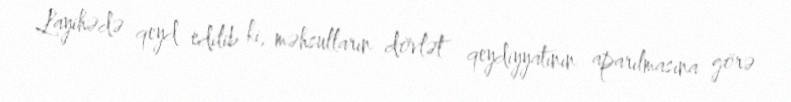
Layihədə qeyd edilib ki, məhsulların dövlət qeydiyyatının aparılmasına görə